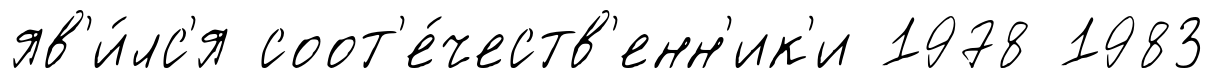
яв'и́лс'я соот'е́честв'енн'ик'и 1978 1983